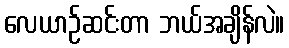
လေယာဉ်ဆင်းတာ ဘယ်အချိန်လဲ။